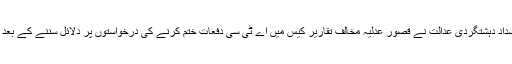
23 مئی2018ء) انسداد دہشتگردی عدالت نے قصور عدلیہ مخالف تقاریر کیس میں اے ٹی سی دفعات ختم کرنے کی درخواستوں پر دلائل سننے کے بعد فیصلہ محفوظ کر لیا۔